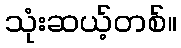
သုံးဆယ့်တစ်။